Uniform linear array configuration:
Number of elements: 32
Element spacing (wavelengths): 0.5
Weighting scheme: kaiser
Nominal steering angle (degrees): -15
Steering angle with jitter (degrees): -13.986
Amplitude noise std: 0.05
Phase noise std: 0.05

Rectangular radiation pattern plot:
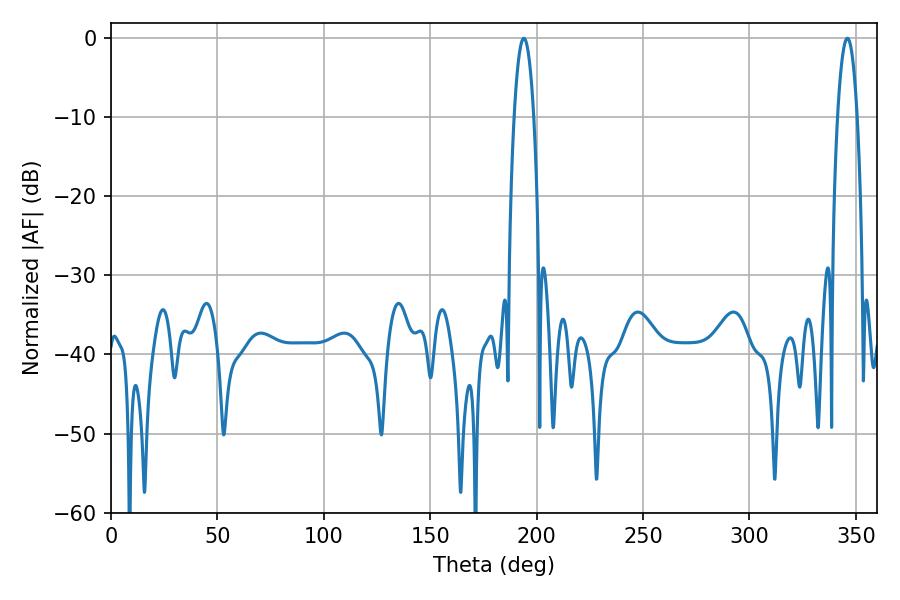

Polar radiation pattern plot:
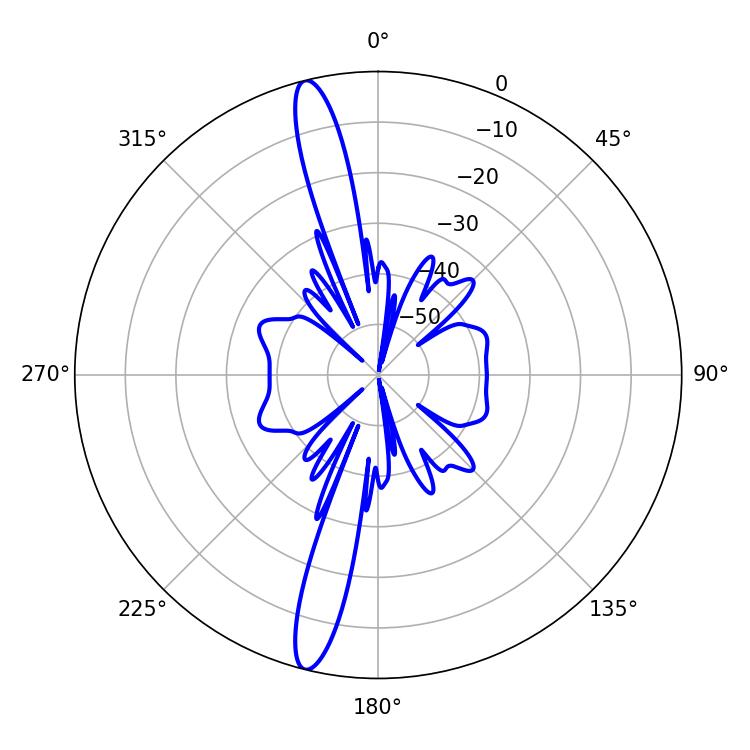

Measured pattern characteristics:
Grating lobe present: FALSE
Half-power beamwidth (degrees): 5.04
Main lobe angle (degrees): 345.96